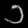
Digit: ၁